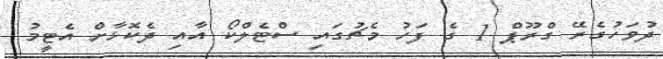
ދުވަހުގެރޭ ގްރޫޕް 1 ގެ ފަހު މެޗުގައި ސްޓެލްކޯ އާއި ދެކޮޅާށް އެޓީމު